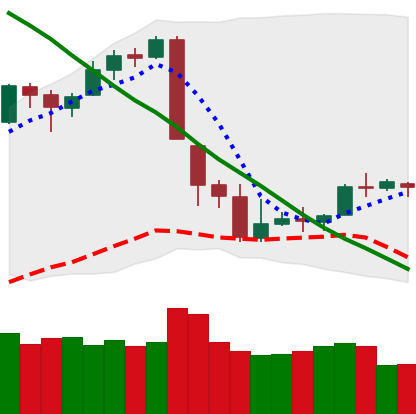
Ticker: BTC-USD
Chart end date: 2018-09-16
Forward return: 3.342%
Label: up_3_5